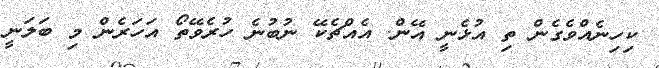
ކިހިނެއްވެގެން ތި އުޅެނީ އޭން. އެއްޗެކޭ ނުބުނެ ހުރެވޭތޯ އަހަރެން މި ބަލަނީ